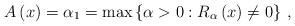
LaTeX: \begin{align*}A\left( x\right) =\alpha_{1}=\max\left\{ \alpha>0:R_{\alpha}\left(x\right) \neq0\right\} \,, \end{align*}